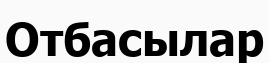
Отбасылар